Indian journal of veterinary science and animal husbandry - Volumes 15-17, 1948-1951
Year: 1948
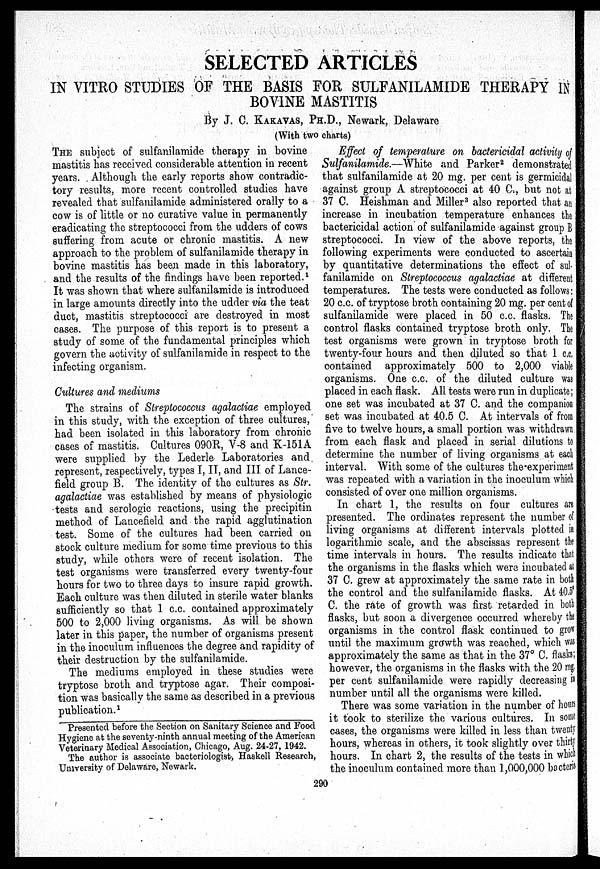
SELECTED ARTICLES
IN VITRO STUDIES OF THE BASIS FOR SULFANILAMIDE THERAPY IN
BOVINE MASTITIS
By J. C. KAKAVAS, PH.D., Newark, Delaware
(With two charts)
THE subject of sulfanilamide therapy in bovine
mastitis has received considerable attention in recent
years. Although the early reports show contradic-
tory results, more recent controlled studies have
revealed that sulfanilamide administered orally to a
cow is of little or no curative value in permanently
eradicating the streptococci from the udders of cows
suffering from acute or chronic mastitis. A new
approach to the problem of sulfanilamide therapy in
bovine mastitis has been made in this laboratory,
and the results of the findings have been reported. 1
It was shown that where sulfanilamide is introduced
in large amounts directly into the udder via the teat
duct, mastitis streptococci are destroyed in most
cases. The purpose of this report is to present a
study of some of the fundamental principles which
govern the activity of sulfanilamide in respect to the
infecting organism.
Cultures and mediums
The strains of Streptococcus agalactiae employed
in this study, with the exception of three cultures,
had been isolated in this laboratory from chronic
cases of mastitis. Cultures 090R, V-8 and K-151A
were supplied by the Lederle Laboratories and
represent, respectively, types I, II, and III of Lance-
field group B. The identity of the cultures as Str-
agalactiae was established by means of physiologic
tests and serologic reactions, using the precipitin
method of Lancefield and the rapid agglutination
test. Some of the cultures had been carried on
stock culture medium for some time previous to this
study, while others were of recent isolation. The
test organisms were transferred every twenty-four
hours for two to three days to insure rapid growth.
Each culture was then diluted in sterile water blanks
sufficiently so that 1 c.c. contained approximately
500 to 2,000 living organisms. As will be shown
later in this paper, the number of organisms present
in the inoculum influences the degree and rapidity of
their destruction by the sulfanilamide.
The mediums employed in these studies were
tryptose broth and tryptose agar. Their composi-
tion was basically the same as described in a previous
publication. 1
Effect of temperature on bactericidal activity of
Sulfanilamide.—White and Parker 2 demonstrated
that sulfanilamide at 20 mg. per cent is germicidal
against group A streptococci at 40 C., but not at
37 C. Heishman and Miller 3 also reported that an
increase in incubation temperature enhances the
bactericidal action of sulfanilamide against group B
streptococci. In view of the above reports, the
following experiments were conducted to ascertain
by quantitative determinations the effect of sul-
fanilamide on Streptococcus agalactiae at different
temperatures. The tests were conducted as follows:
20 c.c. of tryptose broth containing 20 mg. per cent of
sulfanilamide were placed in 50 c.c. flasks. The
control flasks contained tryptose broth only. The
test organisms were grown in tryptose broth for
twenty-four hours and then diluted so that 1 c.c.
contained approximately 500 to 2,000 viable
organisms. One c.c. of the diluted culture was
placed in each flask. All tests were run in duplicate;
one set was incubated at 37 C. and the companion
set was incubated at 40.5 C. At intervals of from
five to twelve hours, a small portion was withdrawn
from each flask and placed in serial dilutions to
determine the number of living organisms at each
interval. With some of the cultures the-experiment
was repeated with a variation in the inoculum which
consisted of over one million organisms.
In chart 1, the results on four cultures are
presented. The ordinates represent the number of
living organisms at different intervals plotted i n
logarithmic scale, and the abscissas represent the
time intervals in hours. The results indicate that
the organisms in the flasks which were incubated at
37 C. grew at approximately the same rate in both
the control and the sulfanilamide flasks. At 40.5°
C. the rate of growth was first retarded in both
flasks, but soon a divergence occurred whereby the
organisms in the control flask continued to grow
until the maximum growth was reached, which was
approximately the same as that in the 37° C. flasks;
however, the organisms in the flasks with the 20 mg.
per cent sulfanilamide were rapidly decreasing in
number until all the organisms were killed.
There was some variation in the number of hours
it took to sterilize the various cultures. In some
cases, the organisms were killed in less than twenty
hours, whereas in others, it took slightly over thirty
hours. In chart 2, the results of the tests in which
the inoculum contained more than 1,000,000 bacteria
Presented before the Section on Sanitary Science and Food
Hygiene at the seventy-ninth annual meeting of the American
Veterinary Medical Association, Chicago, Aug. 24-27, 1942.
The author is associate bacteriologist, Haskell Research,
University of Delaware, Newark.
290